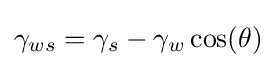
\gamma _{ws}=\gamma _{s}-\gamma _{w}\cos(\theta )